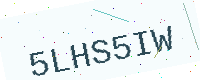
Text: 5LHS5IW